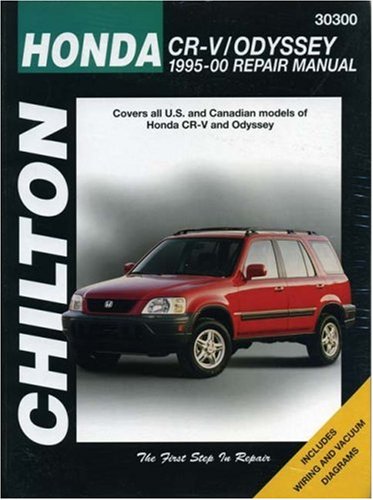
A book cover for Honda CRV and Odyssey, 1995-00 (Chilton Total Car Care Series Manuals); Chilton; Engineering & Transportation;